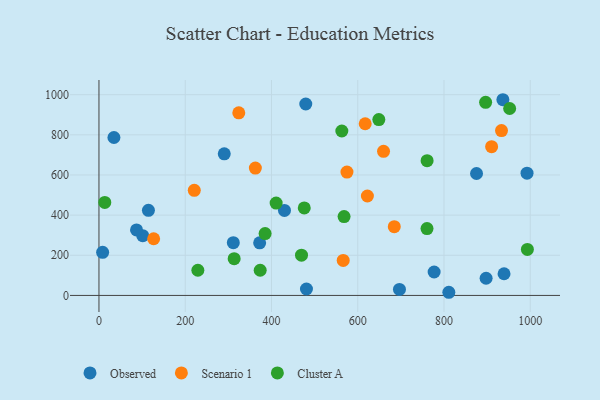
{"axis": {"x": "Speed", "y": "Salary"}, "legend": ["Cluster A", "Observed", "Scenario 1"], "data": [{"x": "939.2", "y": 107.9, "type": "Observed"}, {"x": "311.5", "y": 263.0, "type": "Observed"}, {"x": "34.7", "y": 786.6, "type": "Observed"}, {"x": "875.4", "y": 607.4, "type": "Observed"}, {"x": "481.1", "y": 31.9, "type": "Observed"}, {"x": "992.5", "y": 608.8, "type": "Observed"}, {"x": "777.1", "y": 116.6, "type": "Observed"}, {"x": "696.7", "y": 30.1, "type": "Observed"}, {"x": "114.7", "y": 424.1, "type": "Observed"}, {"x": "101.5", "y": 297.7, "type": "Observed"}, {"x": "8.5", "y": 214.7, "type": "Observed"}, {"x": "430.1", "y": 423.5, "type": "Observed"}, {"x": "290.5", "y": 705.4, "type": "Observed"}, {"x": "87.1", "y": 326.3, "type": "Observed"}, {"x": "811.2", "y": 15.7, "type": "Observed"}, {"x": "897.6", "y": 85.6, "type": "Observed"}, {"x": "936.5", "y": 974.8, "type": "Observed"}, {"x": "479.5", "y": 953.5, "type": "Observed"}, {"x": "372.6", "y": 262.2, "type": "Observed"}, {"x": "575.0", "y": 614.4, "type": "Scenario 1"}, {"x": "324.2", "y": 909.6, "type": "Scenario 1"}, {"x": "566.3", "y": 174.3, "type": "Scenario 1"}, {"x": "126.8", "y": 282.3, "type": "Scenario 1"}, {"x": "684.7", "y": 342.7, "type": "Scenario 1"}, {"x": "933.3", "y": 821.3, "type": "Scenario 1"}, {"x": "659.8", "y": 718.0, "type": "Scenario 1"}, {"x": "622.4", "y": 495.3, "type": "Scenario 1"}, {"x": "221.0", "y": 523.7, "type": "Scenario 1"}, {"x": "910.4", "y": 741.0, "type": "Scenario 1"}, {"x": "362.6", "y": 634.1, "type": "Scenario 1"}, {"x": "617.3", "y": 855.1, "type": "Scenario 1"}, {"x": "760.8", "y": 671.0, "type": "Cluster A"}, {"x": "568.3", "y": 393.0, "type": "Cluster A"}, {"x": "410.8", "y": 460.1, "type": "Cluster A"}, {"x": "229.3", "y": 125.5, "type": "Cluster A"}, {"x": "373.8", "y": 125.3, "type": "Cluster A"}, {"x": "993.3", "y": 229.3, "type": "Cluster A"}, {"x": "13.5", "y": 463.4, "type": "Cluster A"}, {"x": "760.6", "y": 333.1, "type": "Cluster A"}, {"x": "313.5", "y": 183.0, "type": "Cluster A"}, {"x": "385.2", "y": 307.9, "type": "Cluster A"}, {"x": "469.6", "y": 200.3, "type": "Cluster A"}, {"x": "896.5", "y": 961.9, "type": "Cluster A"}, {"x": "476.0", "y": 435.8, "type": "Cluster A"}, {"x": "952.2", "y": 931.0, "type": "Cluster A"}, {"x": "563.1", "y": 819.1, "type": "Cluster A"}, {"x": "648.9", "y": 875.7, "type": "Cluster A"}]}